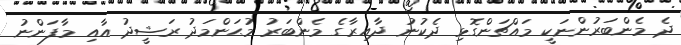
ދެ މެންބަރުންނަކީ މައްޗަންގޮޅި ދެކުނު ދާއިރާގެ މެންބަރު މުޙަންމަދު ރަޝީދު އާއި މާފަންނު